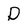
Character: D